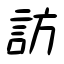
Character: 訪